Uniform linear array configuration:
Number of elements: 4
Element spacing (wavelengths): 0.5
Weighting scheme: uniform
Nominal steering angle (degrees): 45
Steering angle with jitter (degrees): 46.689
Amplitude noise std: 0.05
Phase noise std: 0.05

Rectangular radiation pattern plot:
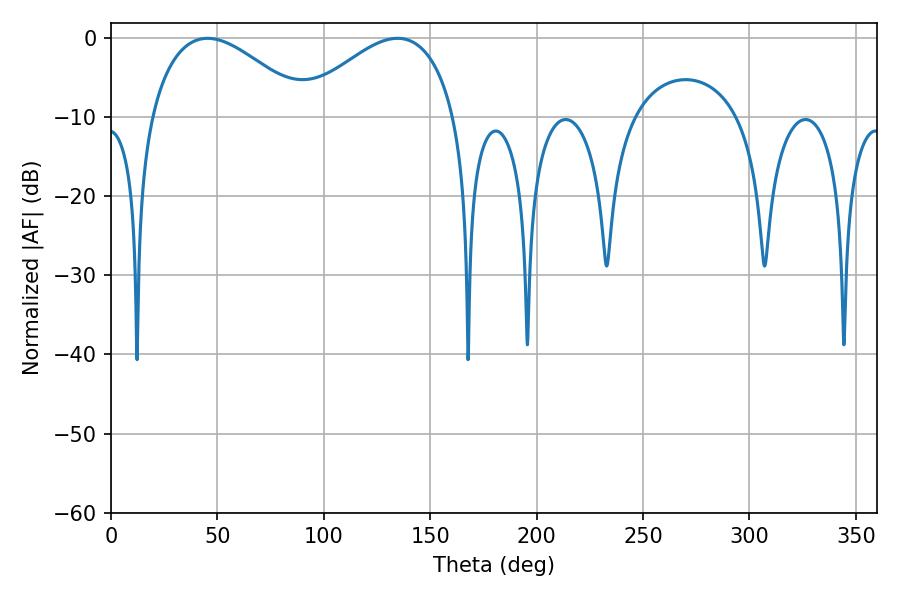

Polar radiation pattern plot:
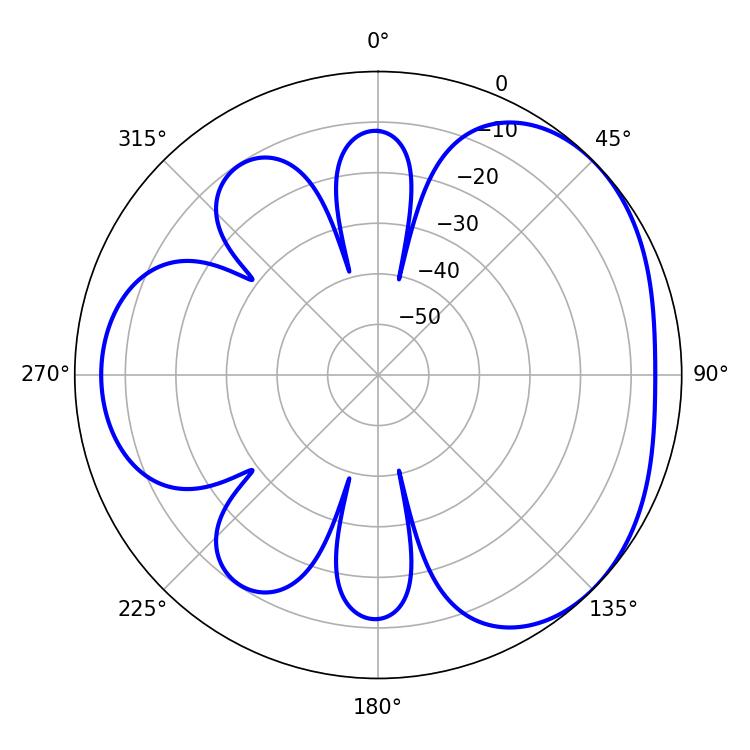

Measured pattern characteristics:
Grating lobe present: FALSE
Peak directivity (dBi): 3.465
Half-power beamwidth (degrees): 40.32
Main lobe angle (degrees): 134.64